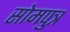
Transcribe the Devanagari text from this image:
सोमपुत्र